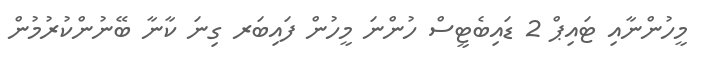
މީހުންނާއި ޓައިޕް 2 ޑައިބެޓީސް ހުންނަ މީހުން ފައިބަރ ގިނަ ކާނާ ބޭނުންކުރުމުން